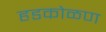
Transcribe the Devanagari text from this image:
हडकोळण